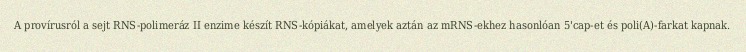
A provírusról a sejt RNS-polimeráz II enzime készít RNS-kópiákat, amelyek aztán az mRNS-ekhez hasonlóan 5'cap-et és poli(A)-farkat kapnak.